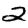
Digit: 2